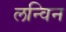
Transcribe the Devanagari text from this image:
लन्विन